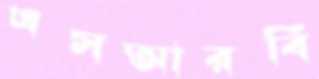
এসআরবি